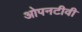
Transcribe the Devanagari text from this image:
ओपनटीवी